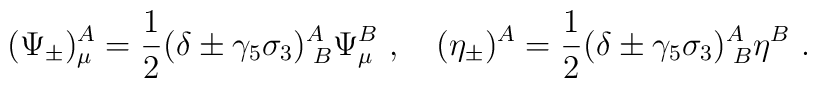
(\Psi_{\pm})_\mu^A=\frac{1}{2}(\delta\pm\gamma_5\sigma_{3})^{A}_{\;B}\Psi_\mu^B\ ,\quad (\eta_{\pm})^A=\frac{1}{2}(\delta\pm\gamma_5\sigma_{3})^{A}_{\;B}\eta^B\ .